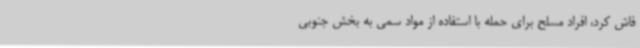
فاش کرد، افراد مسلح برای حمله با استفاده از مواد سمی به بخش جنوبی